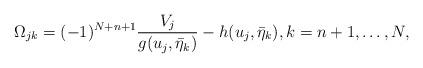
LaTeX: \begin{align*}\Omega_{jk}=(-1)^{N+n+1}\frac{V_j}{g(u_j,\bar\eta_k)}-h(u_j,\bar\eta_k),k=n+1,\dots,N,\end{align*}